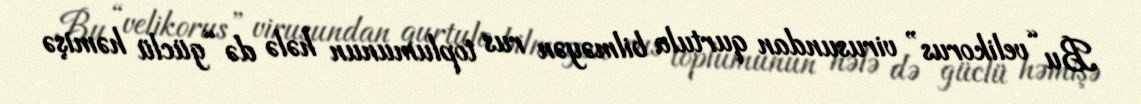
Bu “velikorus” virusundan qurtula bilməyən rus toplumunun hələ də “güclü həmişə